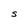
Character: S